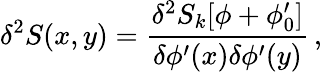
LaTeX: \delta^{2}S(x,y)=\frac{\delta^{2}S_{k}[\phi+\phi_{0}^{\prime}]}{\delta\phi^{\prime}(x)\delta\phi^{\prime}(y)}\, ,